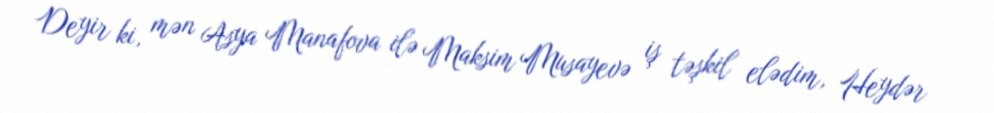
Deyir ki, mən Asya Manafova ilə Maksim Musayevə iş təşkil elədim, Heydər